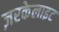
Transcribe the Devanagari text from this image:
ज़रकेलाइट